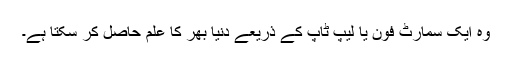
وہ ایک سمارٹ فون یا لیپ ٹاپ کے ذریعے دنیا بھر کا علم حاصل کر سکتا ہے۔